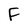
Character: F